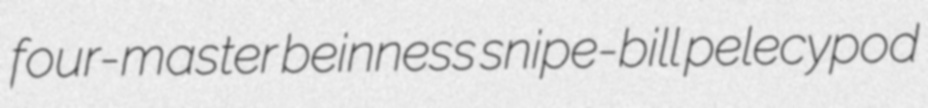
four-master beinness snipe-bill pelecypod